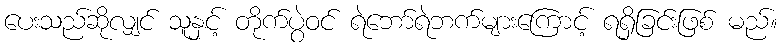
ပေးသည်ဆိုလျှင် သူနှင့် တိုက်ပွဲဝင် ရဲဘော်ရဲဘက်များကြောင့် ရရှိခြင်းဖြစ် မည်။